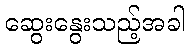
ဆွေးနွေးသည့်အခါ